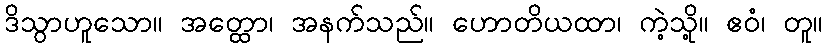
ဒိသွာဟူသော။ အတ္ထော၊ အနက်သည်။ ဟောတိယထာ၊ ကဲ့သို့။ ဧဝံ၊ တူ။